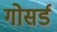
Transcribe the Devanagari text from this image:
गोसर्ड